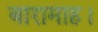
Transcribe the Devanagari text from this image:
बारामाह।